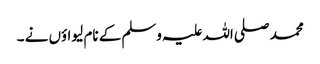
محمد صلی اللہ علیہ وسلم کے نام لیواؤں نے ۔